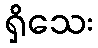
ရှိသေး